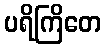
ပရိကြိတေ